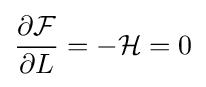
{\frac {\partial {\cal {F}}}{\partial L}}=-{\cal {H}}=0